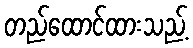
တည်ထောင်ထားသည့်